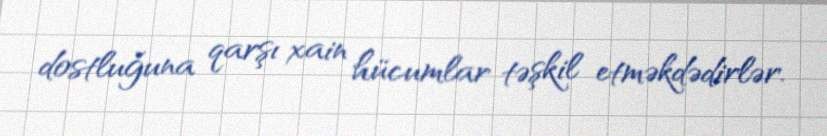
dostluğuna qarşı xain hücumlar təşkil etməkdədirlər.